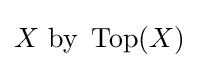
X{\text{ by }}\operatorname {Top} (X)